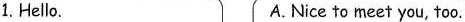
1.Hello A.Nice to meet you,too.